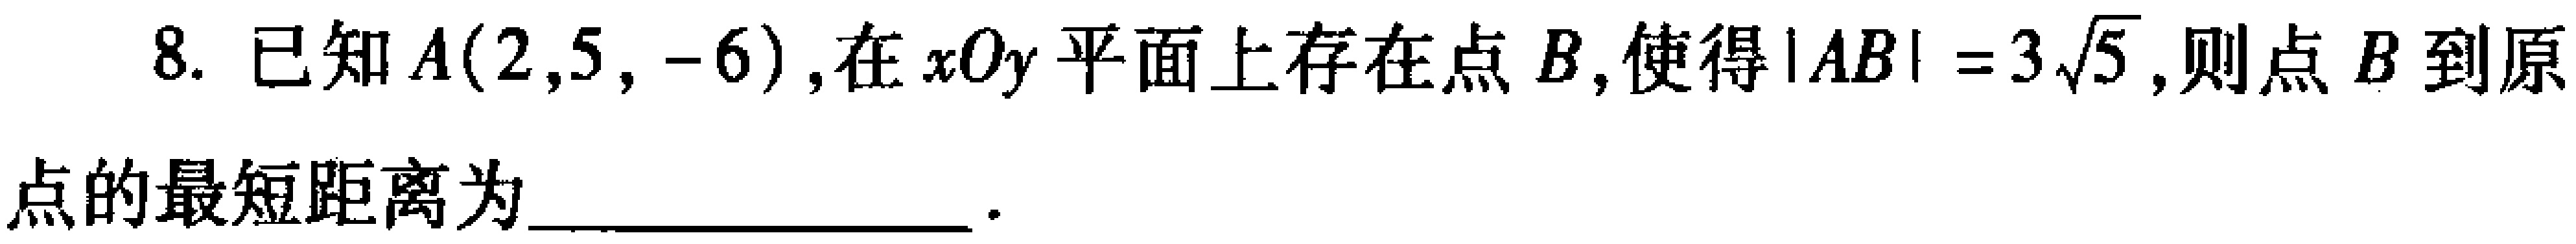
8. 已知\(A(2,5, - 6)\)，在\(xOy\)平面上存在点\(B\)，使得\(\vert AB\vert = 3\sqrt{5}\)，则点\(B\)到原点的最短距离为  。